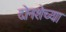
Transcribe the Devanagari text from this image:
दोनशेच्या